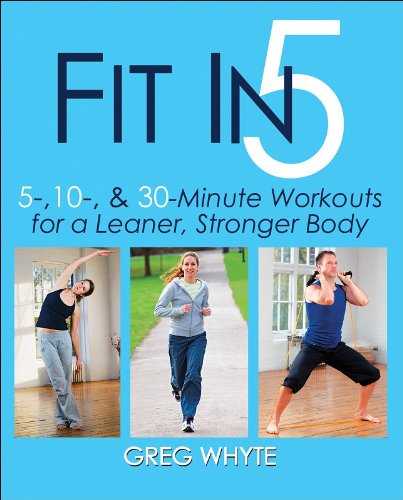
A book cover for Fit in 5: 5, 10, & 30 Minute Workouts for a Leaner, Stronger Body; Greg Whyte; Health, Fitness & Dieting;